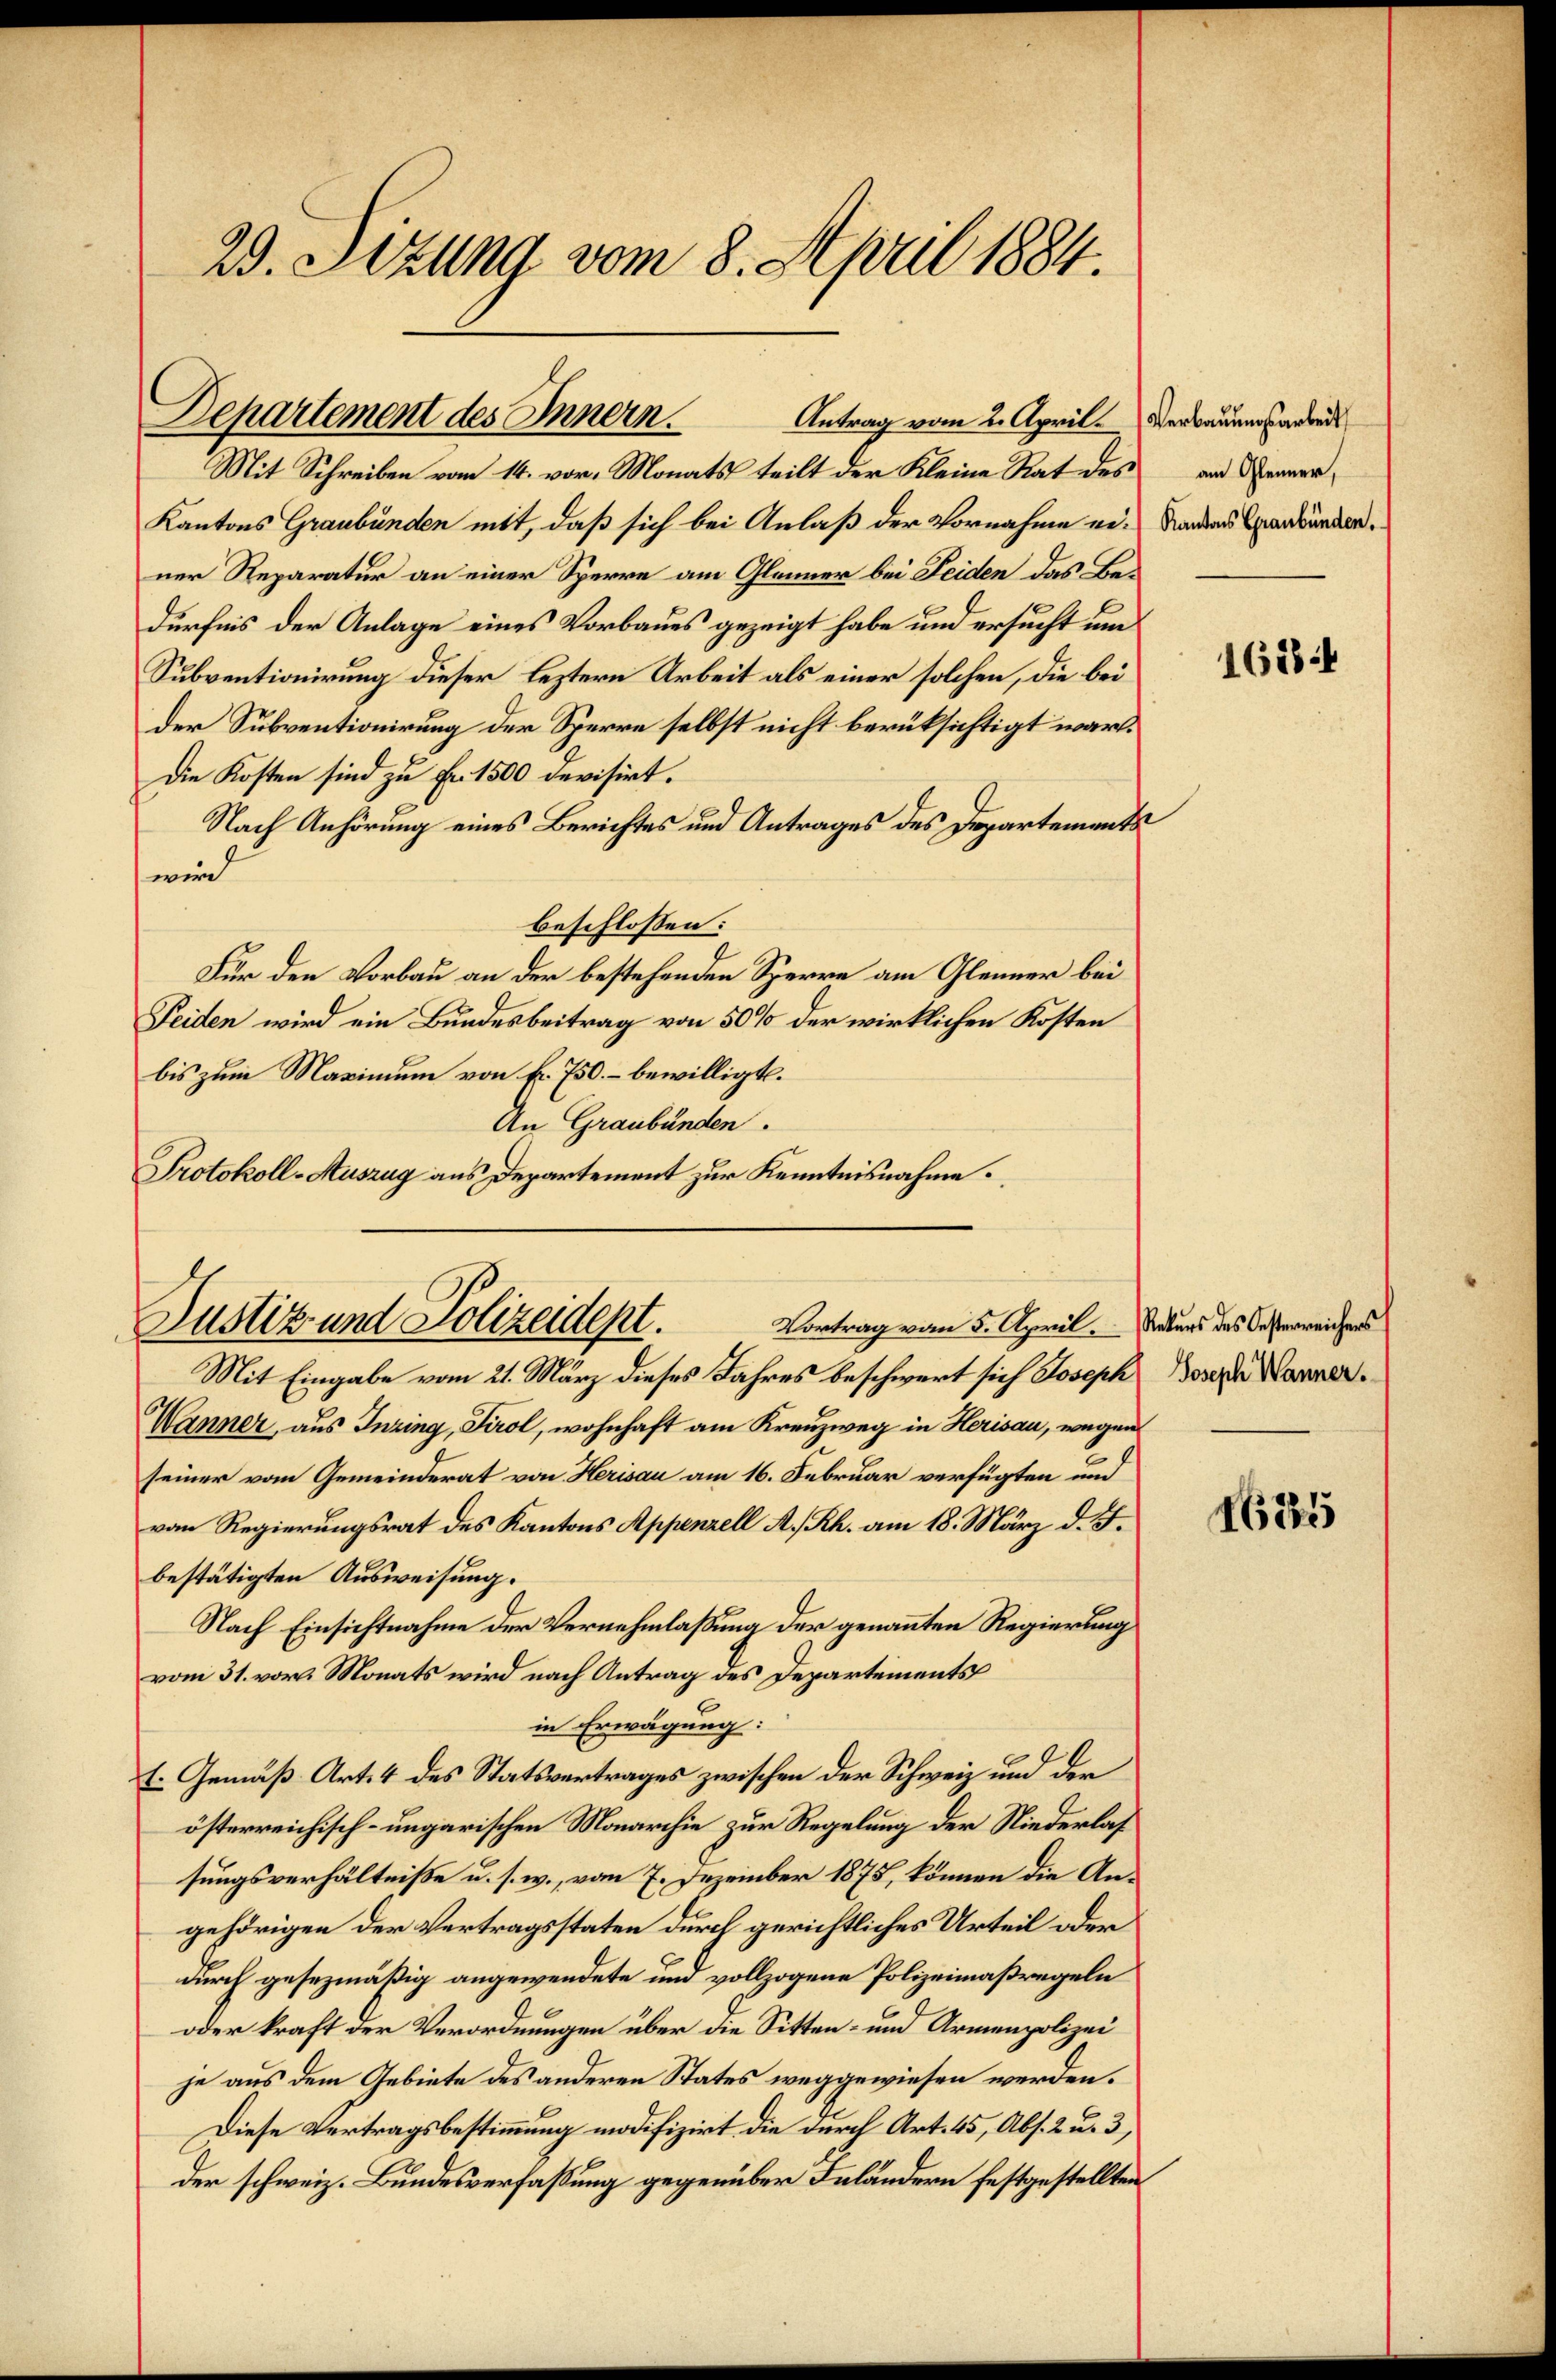
23. Setzung vom 8. April 1884.

Departement des Innern.
Antrag vom 2. April. Verbauungsarbeit

Mit Schreiben vom 14. vor. Monats teilt der Kleine Rat des
Kantons Graubünden mit, daß sich bei Anlaß der Vornahme er-Landen Graubünden
ner Reparatur an einer Sperre am Gleiner bei Leiden das Bedürfnis der Anlage eines Vorbaues gezeigt habe und ersucht um
Subventionirung dieser leztern Arbeit als einer solchen, die bei
der Subventionirung der Sperre selbst nicht berüksichtigt war.
Die Kosten sind zu Fr. 1500 devisirt.
Nach Anhörung eines Berichtes und Antrages des Departements
wird
beschlossen:
Für den Vorbau an der bestehenden Sperre am Gleiner bei
Seiden wird ein Bundesbeitrag von 50 % der wirklichen Kosten
bis zum Maximum von f. 750.- bewilligt.
An Graubünden.
Protokoll-Auszug aus Departement zur Kenntnisnahme.
Mit Eingabe vom 21. März dieses Jahres beschwert sich Joseph Tosere Manner
Wanner, aus Inzing, Tirol, wohnhaft am Kreuzweg in Herisau, wegen
seiner vom Gemeinderat von Herisau am 16. Februar verfügten und
vom Regierungsrat des Kantons Appenzell A. Rh. am 18. März d. J.
bestätigten Ausweisung.
Nach Einsichtnahme der Vernehmlassung der genannten Regierung
vom 31. vor. Monats wird nach Antrag des Departements
in Erwägung:
E. Gemäß Art. 4 des Statsvertrages zwischen der Schweiz und der
österreichisch-ungarischen Monarchie zur Regelung der Niederlas
sungsverhältniße u. s. w., vom 7. Dezember 1875, können die Angehörigen der Vertragsstaten durch gerichtliches Urteil oder
durch gesezmäßig angewendete und vollzogene Polizeimaßregeln
oder kraft der Verordnungen über die Sitten- und Armenpolizei
je aus dem Gebiete des anderen States weggewiesen werden.
Diese Vertragsbestimmung modifizirt die durch Art. 45, Abs. 2 u. 3,
der schweiz. Bundesverfassung gegenüber Inländern festgestellten

Vortrag vom 5. April. Rekurs des Oesterreichers
Justiz und Polizeidept.

am Gleiner,

16884

1621